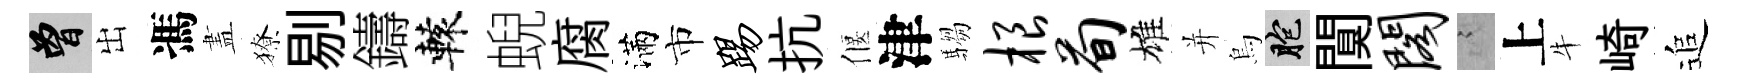
曾出馮𥁞獠剔鑄轅蜺腐滿市踢抗偃津騶根荀雄并烏胞闃阁謭上牛崎追